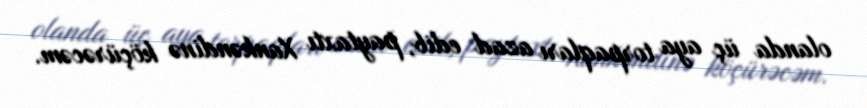
olanda üç aya torpaqları azad edib, paytaxtı Xankəndinə köçürəcəm.